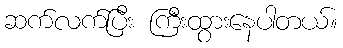
ဆက်လက်ပြီး ကြီးထွားနေပါတယ်။